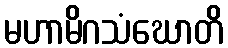
မဟာမိဂသံဃောတိ